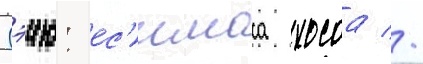
Сэию: ес'имаса хосоа //